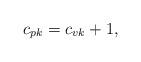
LaTeX: \begin{align*}c_{pk}=c_{vk}+1,\end{align*}